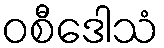
ဝစီဒေါသံ